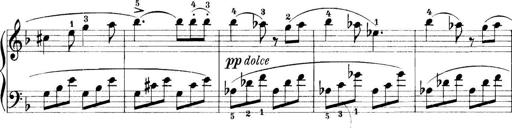
Title: 11 Sonatinas
Composer: Anton Diabelli